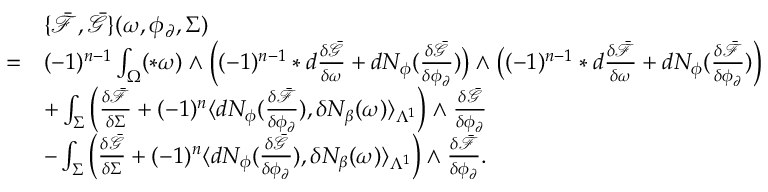
\begin{array} { r l } & { \{ \bar { \mathcal { F } } , \bar { \mathcal { G } } \} ( \omega , \phi _ { \partial } , \Sigma ) } \\ { = } & { ( - 1 ) ^ { n - 1 } \int _ { \Omega } ( \ast \omega ) \wedge \Big ( ( - 1 ) ^ { n - 1 } \ast d \frac { \delta \bar { \mathcal { G } } } { \delta \omega } + d N _ { \phi } ( \frac { \delta \bar { \mathcal { G } } } { \delta \phi _ { \partial } } ) \big ) \wedge \big ( ( - 1 ) ^ { n - 1 } \ast d \frac { \delta \bar { \mathcal { F } } } { \delta \omega } + d N _ { \phi } ( \frac { \delta \bar { \mathcal { F } } } { \delta \phi _ { \partial } } ) \Big ) } \\ & { + \int _ { \Sigma } \Big ( \frac { \delta \bar { \mathcal { F } } } { \delta \Sigma } + ( - 1 ) ^ { n } \langle d N _ { \phi } ( \frac { \delta \bar { \mathcal { F } } } { \delta \phi _ { \partial } } ) , \delta N _ { \beta } ( \omega ) \rangle _ { \Lambda ^ { 1 } } \Big ) \wedge \frac { \delta \bar { \mathcal { G } } } { \delta \phi _ { \partial } } } \\ & { - \int _ { \Sigma } \Big ( \frac { \delta \bar { \mathcal { G } } } { \delta \Sigma } + ( - 1 ) ^ { n } \langle d N _ { \phi } ( \frac { \delta \bar { \mathcal { G } } } { \delta \phi _ { \partial } } ) , \delta N _ { \beta } ( \omega ) \rangle _ { \Lambda ^ { 1 } } \Big ) \wedge \frac { \delta \bar { \mathcal { F } } } { \delta \phi _ { \partial } } . } \end{array}